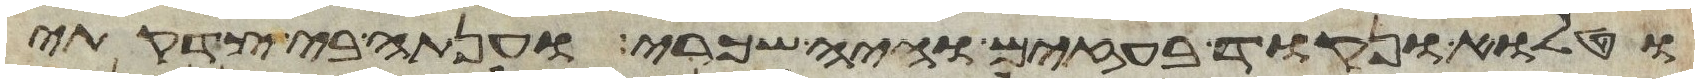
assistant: וטלוא ונקוד בעזים והיה שכרי וענתה בי צדקתי